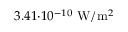
3 . 4 1 { \cdot } 1 0 ^ { - 1 0 } \ \mathrm { W } / \mathrm { m } ^ { 2 }